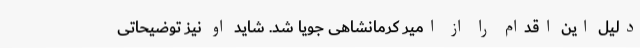
دلیل این اقدام را از امیر کرمانشاهی جویا شد. شاید او نیز توضیحاتی